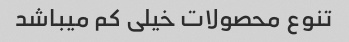
تنوع محصولات خیلی کم میباشد